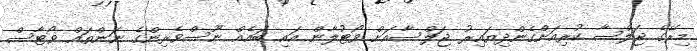
މިރޭގެ ޖަލްސާ ކުރިއަށްގެންދިޔައިރު ޖަލްސާއަށް ވޯޓުލާން އައި ބައެއް ނޫސްވެރިންގެ ނަންތައް ވޯޓާސް